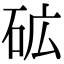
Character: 砿